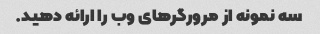
سه نمونه از مرورگرهای وب را ارائه دهید.